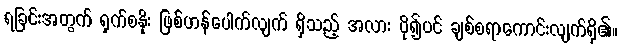
ရခြင်းအတွက် ရှက်စနိုး ဖြစ်ဟန်ပေါက်လျက် ရှိသည့် အလား ပို၍ပင် ချစ်စရာကောင်းလျက်ရှိ၏။